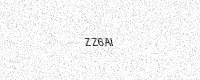
Text: ZZ6AI